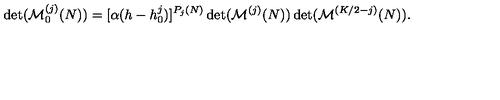
\det ( { \cal M } _ { 0 } ^ { ( j ) } ( N ) ) = [ \alpha ( h - h _ { 0 } ^ { j } ) ] ^ { P _ { j } ( N ) } \det ( { \cal M } ^ { ( j ) } ( N ) ) \det ( { \cal M } ^ { ( K / 2 - j ) } ( N ) ) { } .